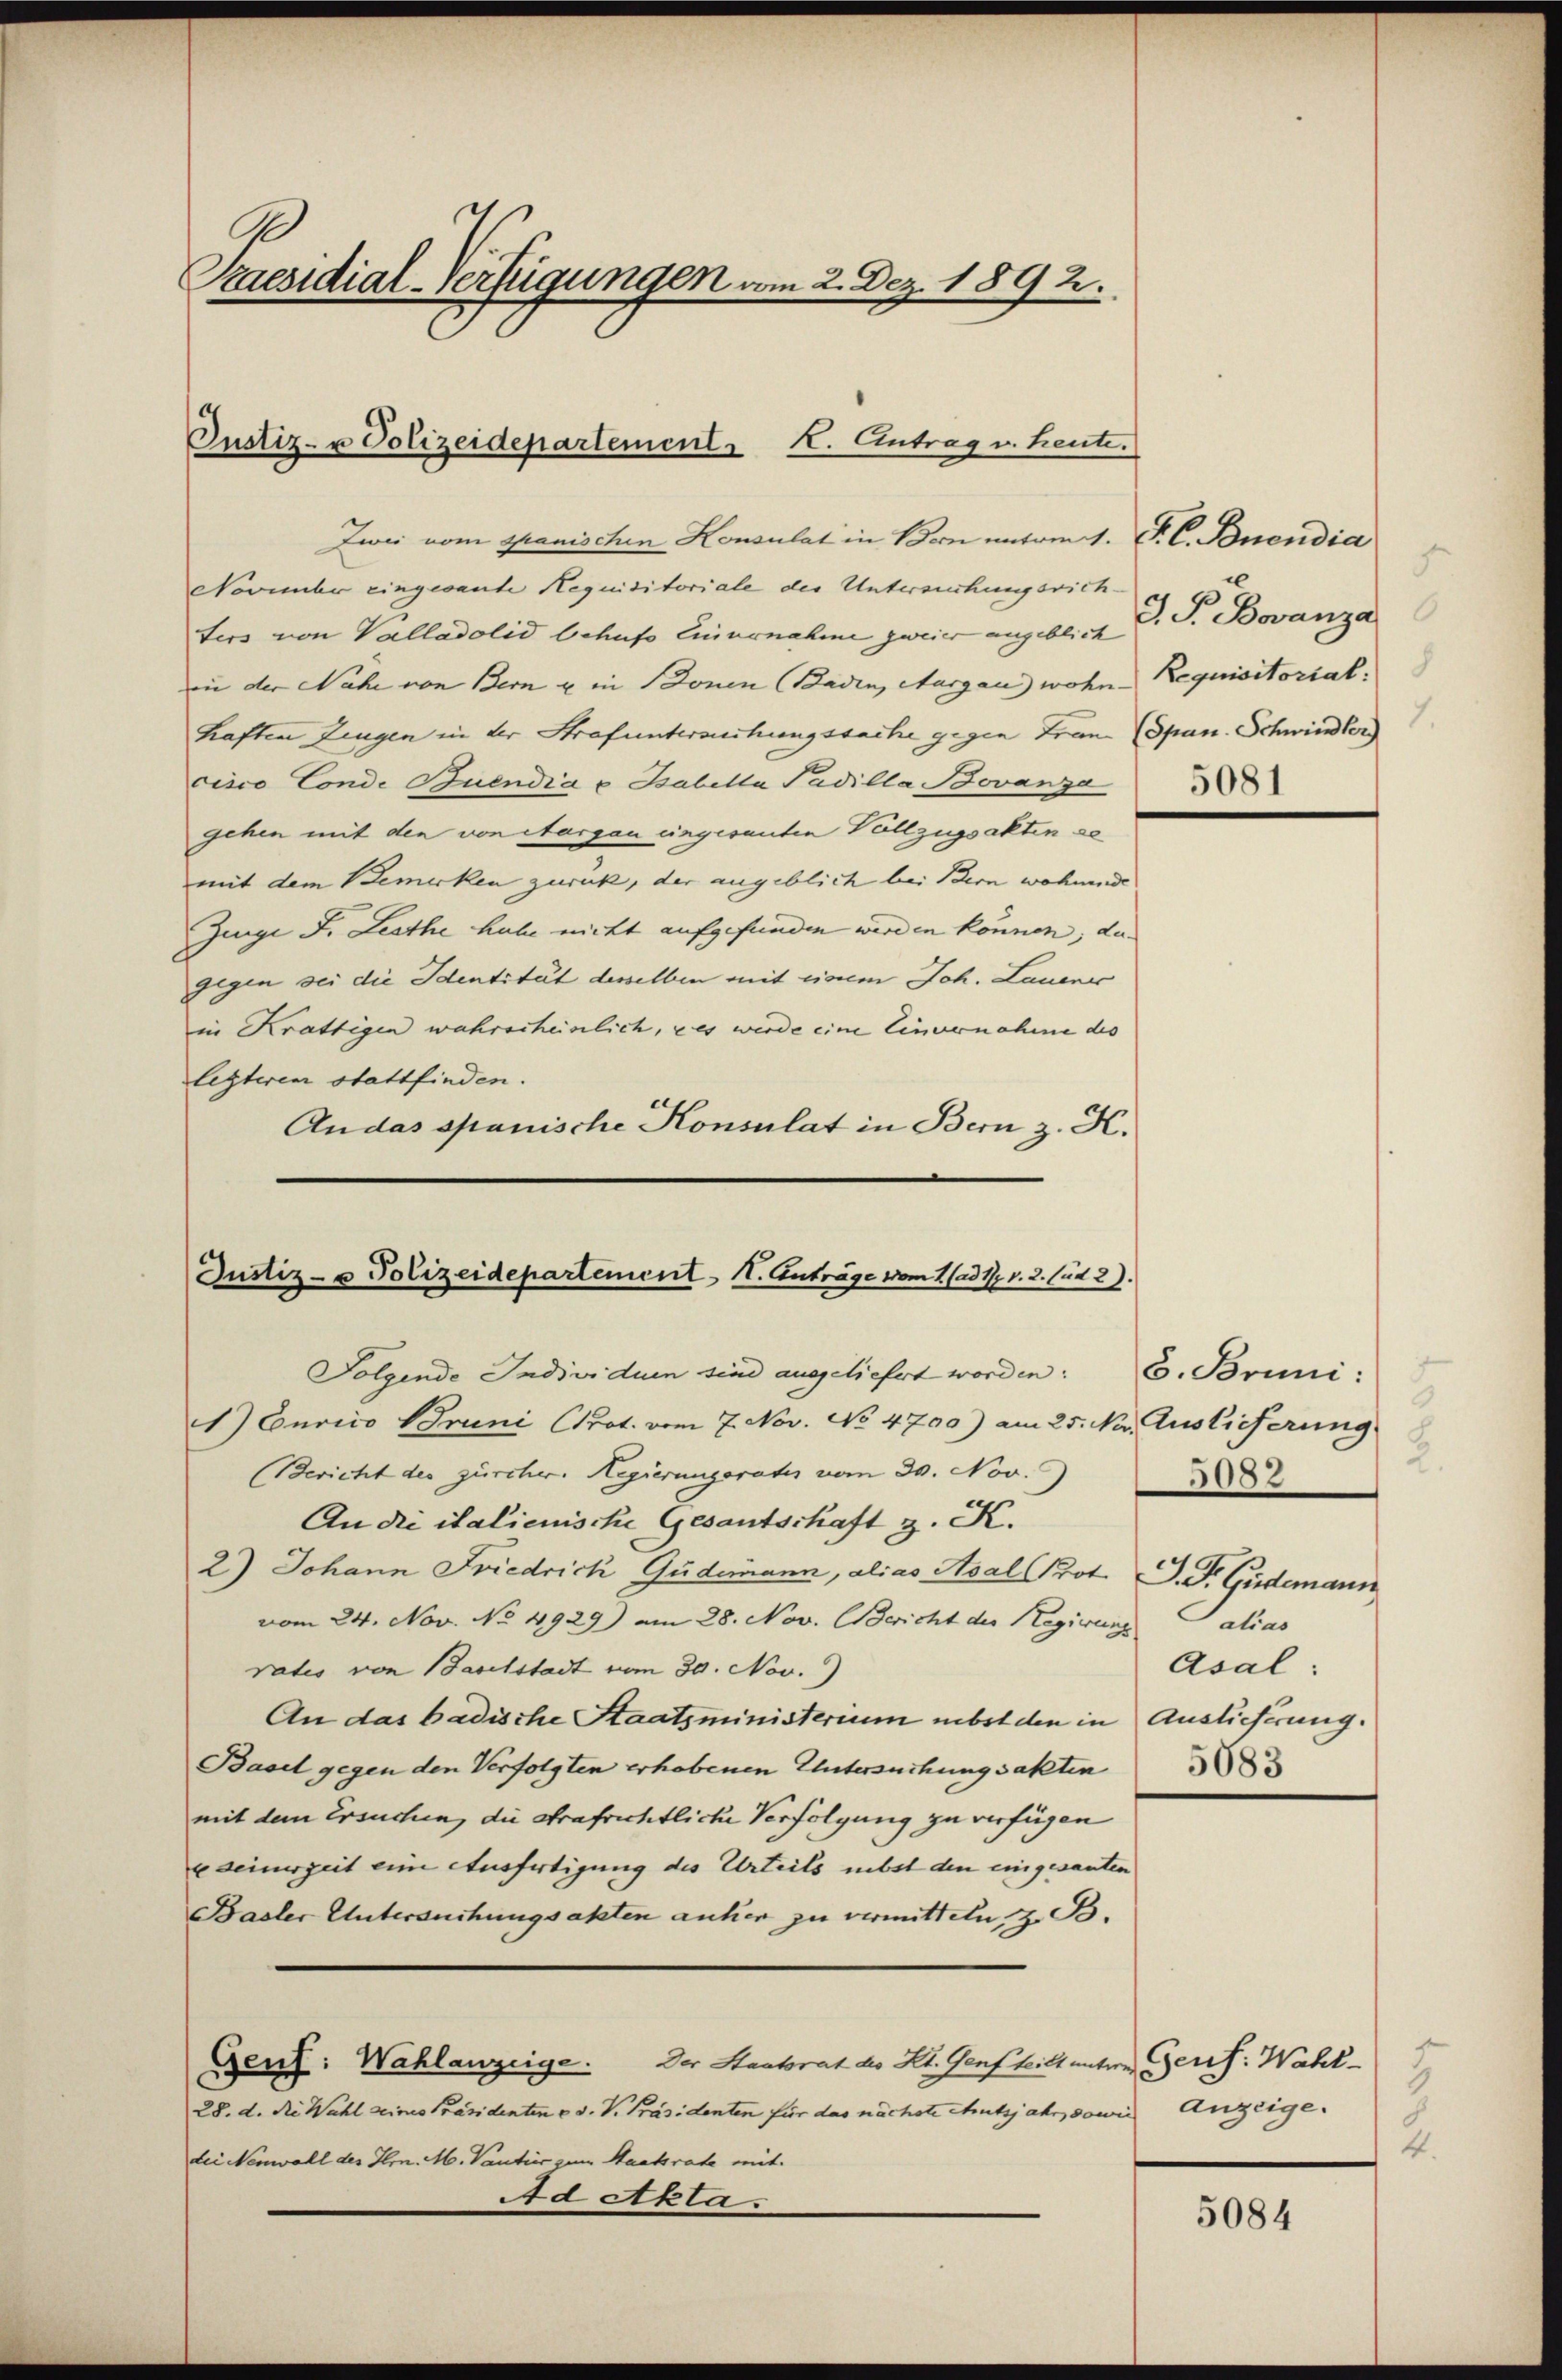
Praesidial-Verfügungen vom 2. Dez. 1892.

Justiz- u Polizeidepartement. X. Antrag v. Heute.

Zwei vom Spanischen Konsulat in Bern untem 1. P. C. Bnendia
Novmher eingesante Requisitoriale des Untersuchungsrichters von Valladolid behufs Einvernahme zweier angeblich
in der Nähe von Bern u in Sonen Baden, Aargau) wohne Requisitorial.
haften Zingen in der Strafuntersuchungssache gegen Frau (Span. Schwindler
cisco Conde Buendia u Bsabella Padilla Bovanza
gehen mit den von Aargau eingesanten Vollzugsakten se
mit dem Bemerken zurück, der angeblich bei Bern wohnende
Zuigi J. Lesthe habe nicht aufgefunden werden können, da
gegen sei die Identität desselben mit einem Joh. Lauener
in Krattigen wahrscheinlich, es werde eine Einvernahme des
letzteren stattfinden.
Andas spanische Konsulat in Bern z. K.

Justiz- u Polizeidepartement I. Anträge vom 1. (ad 17. v. 2. lud 2).

Folgende Individuen sind ausgeliefert worden: C. Bruni:
1) Curico Bruni Prot. vom 7. Nov. No 4790) am 25. No. Auslieferung
(Bericht des zürcher. Hegierungsrate vom 30. Nov.
An die italienische Gesantschaft z. K.
2) Johann Friedrich Güdemann, alias Asal Prot. P. F. Güdemann
vom 24. Nov. No 4929) am 28. Nov. Bericht der Regierung alias
rates von Baselstadt vom 30. Nov.
An das badische Staatsministerium nebst den in Auslieferung.
Basel gegen den Verfolgten erhobenen Untersuchungsakten
mit dem Ersuchen, die Strafrichtliche Verfolgung zu verfügen
u seinerzeit eine Ausfertigung des Urteils nebst den eingesanten
Basler Untersuchungsakten anher zu vermitteln, z. B.
Gent: Wahlanzeige. Der Staatsrat des Kt. Genf teilt untere Geref. Wahl-
28. d. die Wahl seines Präsidenten od. K. Präsidenten für das nächste chutzjahr, sowie Anzeige.
dei Nenwall des Hrn. M. Vantier zum Staatsrate mit
Ad Akta

5
d. F. Bovanza
7.
5081

5
2.
5082
Asal:
5083

5
4.

5084